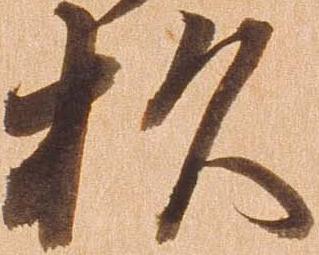
杉